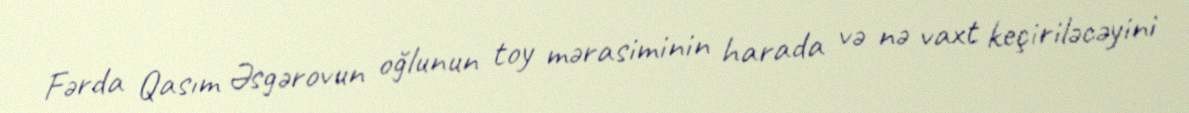
Fərda Qasım Əsgərovun oğlunun toy mərasiminin harada və nə vaxt keçiriləcəyini